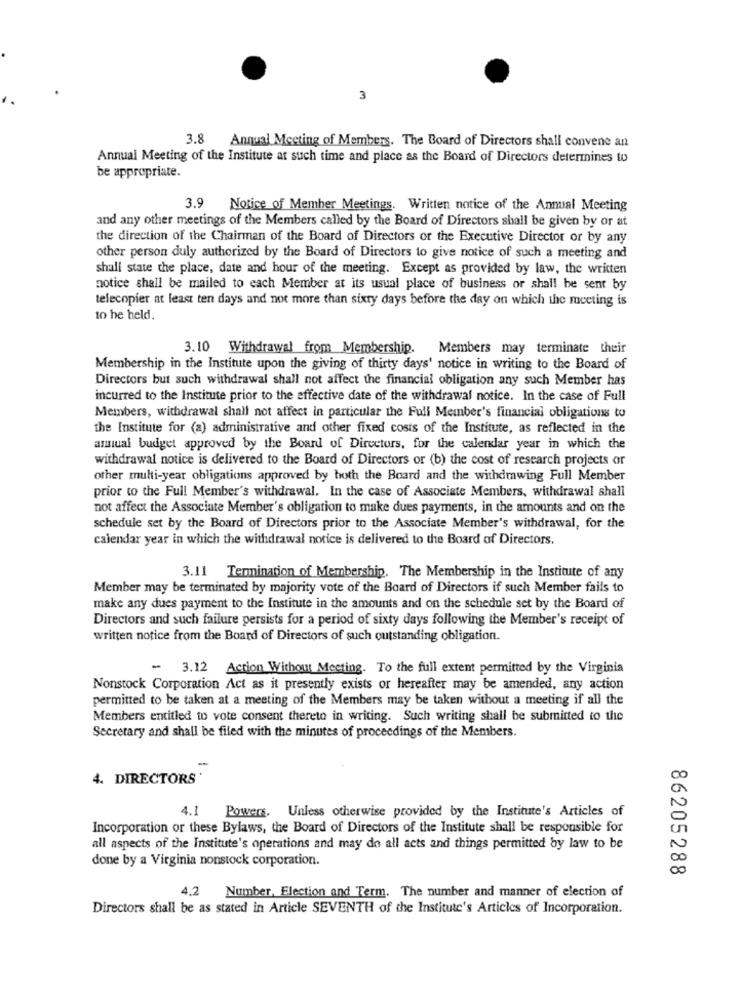
3
3.8
Annual Meeting of Members. The Board of Directors shall convene an
Annual Meeting of the Institute at such time and place as the Board of Directors determines to
be appropriate.
3.9
Notice of Member Meetings. Written notice of the Annual Meeting
and any other meetings of the Members called by the Board of Directors shall be given by or at
the direction of the Chairman of the Board of Directors or the Executive Director or by any
other person duly authorized by the Board of Directors to give notice of such a meeting and
shall state the place, date and hour of the meeting. Except as provided by law, the written
notice shall be mailed to each Member at its usual place of business or shall be sent by
telecopier at least ten days and not more than sixty days before the day on which the meeting is
to he held.
3.10 Withdrawal from Membership. Members may terminate their
Membership in the Institute upon the giving of thirty days' notice in writing to the Board of
Directors but such withdrawal shall not affect the financial obligation any such Member has
incurred to the Institute prior to the effective date of the withdrawal notice. In the case of Full
Members, withdrawal shall not affect in particular the Full Member's financial obligations to
the Institute for (a) administrative and other fixed costs of the Institute, as reflected in the
anual budget approved by the Board of Directors, for the calendar year in which the
withdrawal notice is delivered to the Board of Directors or (b) the cost of research projects or
other multi-year obligations approved by hoth the Board and the withdmwing Full Member
prior to the Full Member's withdrawal. In the case of Associate Members, withdrawal shall
not affect the Associate Member's obligation to make dues payments, in the amounts and on the
schedule set by the Board of Directors prior to the Associate Member's withdrawal, for the
calendar year in which the withdrawal notice is delivered to the Board of Directors.
3.11 Termination of Membership. The Membership in the Institute of any
Member may be terminated by majority vote of the Board of Directors if such Member fails to
make any dues payment to the Institute in the amounts and on the schedule set by the Board of
Directors and such failure persists for a period of sixty days following the Member's receipt of
written notice from the Board of Directors of such outstanding obligation.
- 3.12 Action Without Meeting. To the full extent permitted by the Virginia
Nonstock Corporation Act as it presently exists or hereafter may be amended, any action
permitted to be taken at a meeting of the Members may be taken without a meeting if all the
Members entitled to vote consent thereto in writing. Such writing shall be submitted to the
Secretary and shall be filed with the minutes of proceedings of the Members.
4. DIRECTORS'
4.1 Powers. Unless otherwise provided by the Institute's Articles of
Incorporation or these Bylaws, the Board of Directors of the Institute shall be responsible for
all aspects of the Institute's operations and may do all acts and things permitted by law to be
done by a Virginia nonstock corporation.
86205288
Number, Election and Term. The number and manner of election of
Directors shall be as stated in Article SEVENTH of the Institute's Articles of Incorporation.